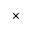
\times